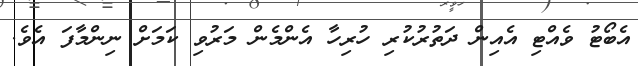
އެބޯޓު ވެއްޓި އެއިން ދަތުރުކުރި ހުރިހާ އެންމެން މަރުވި ކަމަށް ނިންމާފަ އެވެ.